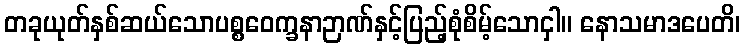
တခုယုတ်နှစ်ဆယ်သောပစ္စဝေက္ခနာဉာဏ်နှင့်ပြည့်စုံစိမ့်သောငှါ။ နောသမာဒပေတိ၊